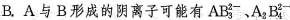
B.A与B形成的阴离子可能有AB{ 2- }^{ 3 } ，A{ 2 } B{ 2- }^{ 4 }